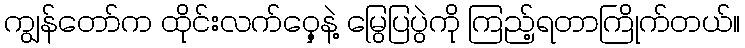
ကျွန်တော်က ထိုင်းလက်ဝှေ့နဲ့ မြွေပြပွဲကို ကြည့်ရတာကြိုက်တယ်။